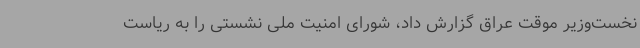
نخست‌وزیر موقت عراق گزارش داد،‌ شورای امنیت ملی نشستی را به ریاست